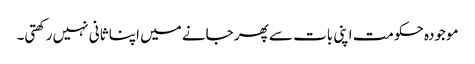
موجودہ حکومت اپنی بات سے پھر جانے میں اپنا ثانی نہیں رکھتی۔